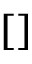
\begin{array} { r } { { \scriptsize \left[ \begin{array} { l l l l l l l l l l l } \end{array} \right] } } \end{array}